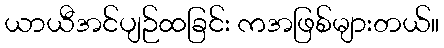
ယာယီအင်ပျဉ်ထခြင်း ကအဖြစ်များတယ်။